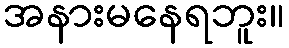
အနားမနေရဘူး။